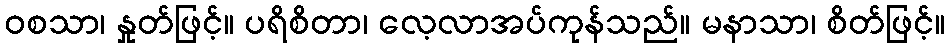
ဝစသာ၊ နှုတ်ဖြင့်။ ပရိစိတာ၊ လေ့လာအပ်ကုန်သည်။ မနာသာ၊ စိတ်ဖြင့်။